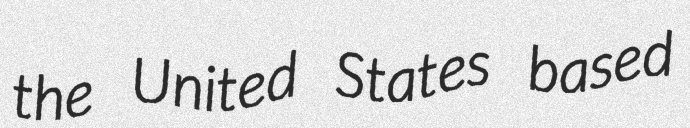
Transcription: the United States based